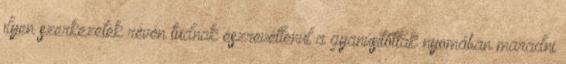
ilyen szerkezetek révén tudnak észrevétlenül a gyanúsítottak nyomában maradni